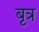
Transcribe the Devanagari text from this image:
बृत्र